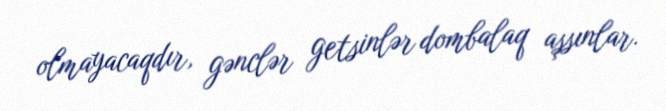
olmayacaqdır, gənclər getsinlər dombalaq aşsınlar.